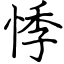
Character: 悸